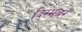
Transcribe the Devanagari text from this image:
दिस्मबर